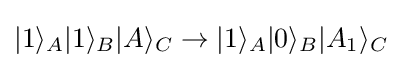
|1\rangle _{A}|1\rangle _{B}|A\rangle _{C}\rightarrow |1\rangle _{A}|0\rangle _{B}|A_{1}\rangle _{C}